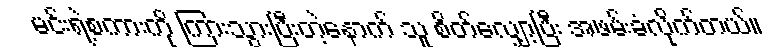
မင်းရဲ့စကားကို ကြားသွားပြီးတဲ့နောက် သူ စိတ်လျှော့ပြီး အဖမ်းခံလိုက်တယ်။